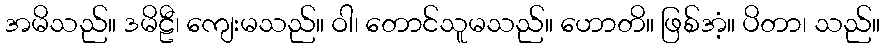
အမိသည်။ ဒမိဠီ၊ ကျေးမသည်။ ဝါ၊ တောင်သူမသည်။ ဟောတိ။ ဖြစ်အံ့။ ပိတာ၊ သည်။